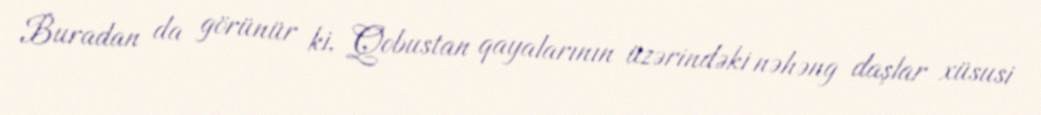
Buradan da görünür ki, Qobustan qayalarının üzərindəki nəhəng daşlar xüsusi